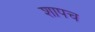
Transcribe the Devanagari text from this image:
शापच